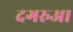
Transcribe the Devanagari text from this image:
दगरुआ